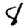
Digit: 8